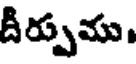
దీర్పుము,